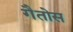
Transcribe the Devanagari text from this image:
गैतोस